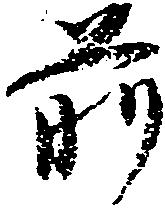
前